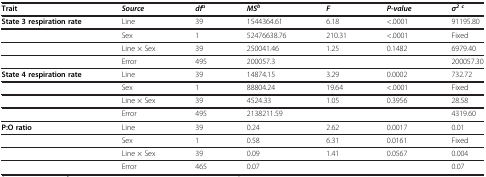
<table><thead><tr><td><b>Trait</b></td><td><b><i>Source</i></b></td><td><b><i>df</i><sup><i>a</i></sup></b></td><td><b><i>MS</i><sup><i>b</i></sup></b></td><td><b><i>F</i></b></td><td><b><i>P-value</i></b></td><td><b><i>σ</i><sup><i>2 c</i></sup></b></td></tr></thead><tbody><tr><td><b>State 3 respiration rate</b></td><td>Line</td><td>39</td><td>1544364.61</td><td>6.18</td><td>&lt;.0001</td><td>91195.80</td></tr><tr><td> </td><td>Sex</td><td>1</td><td>52476638.76</td><td>210.31</td><td>&lt;.0001</td><td>Fixed</td></tr><tr><td> </td><td>Line × Sex</td><td>39</td><td>250041.46</td><td>1.25</td><td>0.1482</td><td>6979.40</td></tr><tr><td> </td><td>Error</td><td>495</td><td>200057.3</td><td> </td><td> </td><td>200057.30</td></tr><tr><td><b>State 4 respiration rate</b></td><td>Line</td><td>39</td><td>14874.15</td><td>3.29</td><td>0.0002</td><td>732.72</td></tr><tr><td> </td><td>Sex</td><td>1</td><td>88804.24</td><td>19.64</td><td>&lt;.0001</td><td>Fixed</td></tr><tr><td> </td><td>Line × Sex</td><td>39</td><td>4524.33</td><td>1.05</td><td>0.3956</td><td>28.58</td></tr><tr><td> </td><td>Error</td><td>495</td><td>2138211.59</td><td> </td><td> </td><td>4319.60</td></tr><tr><td><b>P:O ratio</b></td><td>Line</td><td>39</td><td>0.24</td><td>2.62</td><td>0.0017</td><td>0.01</td></tr><tr><td> </td><td>Sex</td><td>1</td><td>0.58</td><td>6.31</td><td>0.0161</td><td>Fixed</td></tr><tr><td> </td><td>Line × Sex</td><td>39</td><td>0.09</td><td>1.41</td><td>0.0567</td><td>0.004</td></tr><tr><td> </td><td>Error</td><td>465</td><td>0.07</td><td> </td><td> </td><td>0.07</td></tr></tbody></table>